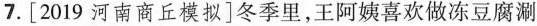
7.[2019河南商丘模拟]冬季里，王阿姨喜欢做冻豆腐涮